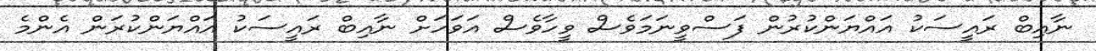
ނާއިބް ރައީސަކު އައްޔަންކުރުން ފަސްވީނަމަވެސް ވީހާވެސް އަވަހަށް ނާއިބް ރައީސަކު އައްޔަންކުރަން އެންމެ